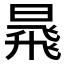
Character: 𱢗